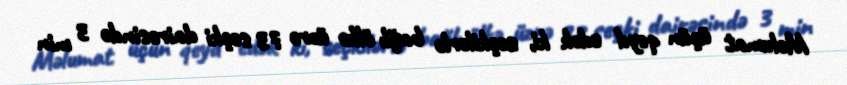
Məlumat üçün qeyd edək ki, seçkilərlə bağlı ölkə üzrə 73 seçki dairəsində 3 min